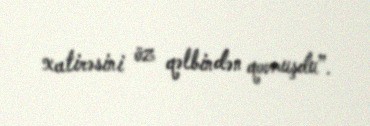
xatirəsini öz qəlbindən qovmuşdu”.